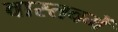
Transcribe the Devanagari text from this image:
वास्तवमें